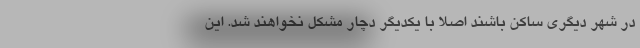
در شهر دیگری ساکن باشند اصلا با یکدیگر دچار مشکل نخواهند شد. این